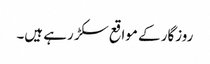
روزگار کے مواقع سکڑ رہے ہیں۔